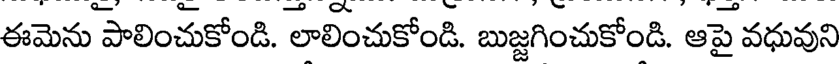
ఈమెను పాలించుకోండి. లాలించుకోండి. బుజ్జగించుకోండి. ఆపై వధువుని